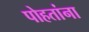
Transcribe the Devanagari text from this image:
पोहतांना